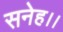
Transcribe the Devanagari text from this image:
सनेह।।